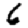
Digit: 6